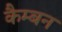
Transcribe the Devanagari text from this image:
कैम्बन